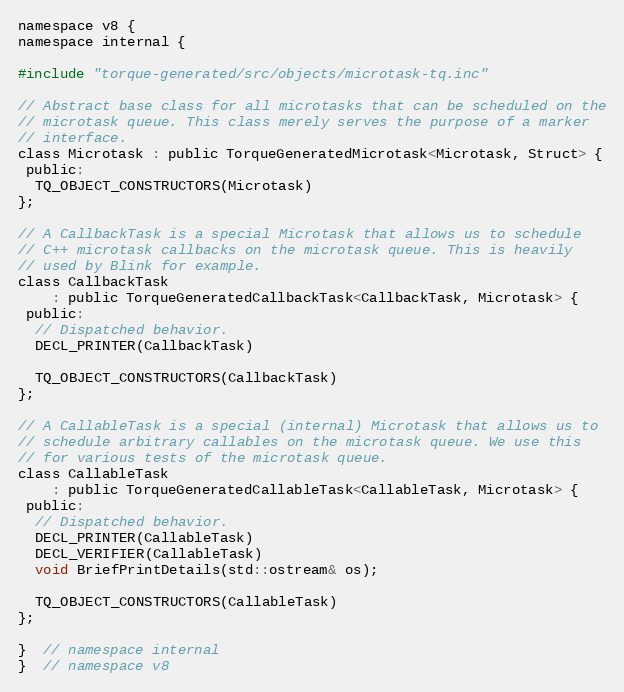
Language: C
namespace v8 {
namespace internal {

#include "torque-generated/src/objects/microtask-tq.inc"

// Abstract base class for all microtasks that can be scheduled on the
// microtask queue. This class merely serves the purpose of a marker
// interface.
class Microtask : public TorqueGeneratedMicrotask<Microtask, Struct> {
 public:
  TQ_OBJECT_CONSTRUCTORS(Microtask)
};

// A CallbackTask is a special Microtask that allows us to schedule
// C++ microtask callbacks on the microtask queue. This is heavily
// used by Blink for example.
class CallbackTask
    : public TorqueGeneratedCallbackTask<CallbackTask, Microtask> {
 public:
  // Dispatched behavior.
  DECL_PRINTER(CallbackTask)

  TQ_OBJECT_CONSTRUCTORS(CallbackTask)
};

// A CallableTask is a special (internal) Microtask that allows us to
// schedule arbitrary callables on the microtask queue. We use this
// for various tests of the microtask queue.
class CallableTask
    : public TorqueGeneratedCallableTask<CallableTask, Microtask> {
 public:
  // Dispatched behavior.
  DECL_PRINTER(CallableTask)
  DECL_VERIFIER(CallableTask)
  void BriefPrintDetails(std::ostream& os);

  TQ_OBJECT_CONSTRUCTORS(CallableTask)
};

}  // namespace internal
}  // namespace v8